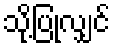
သို့ပြုလျှင်